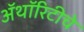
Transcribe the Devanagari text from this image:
ॲथॉरिटीचे